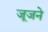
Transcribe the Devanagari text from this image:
जूजने